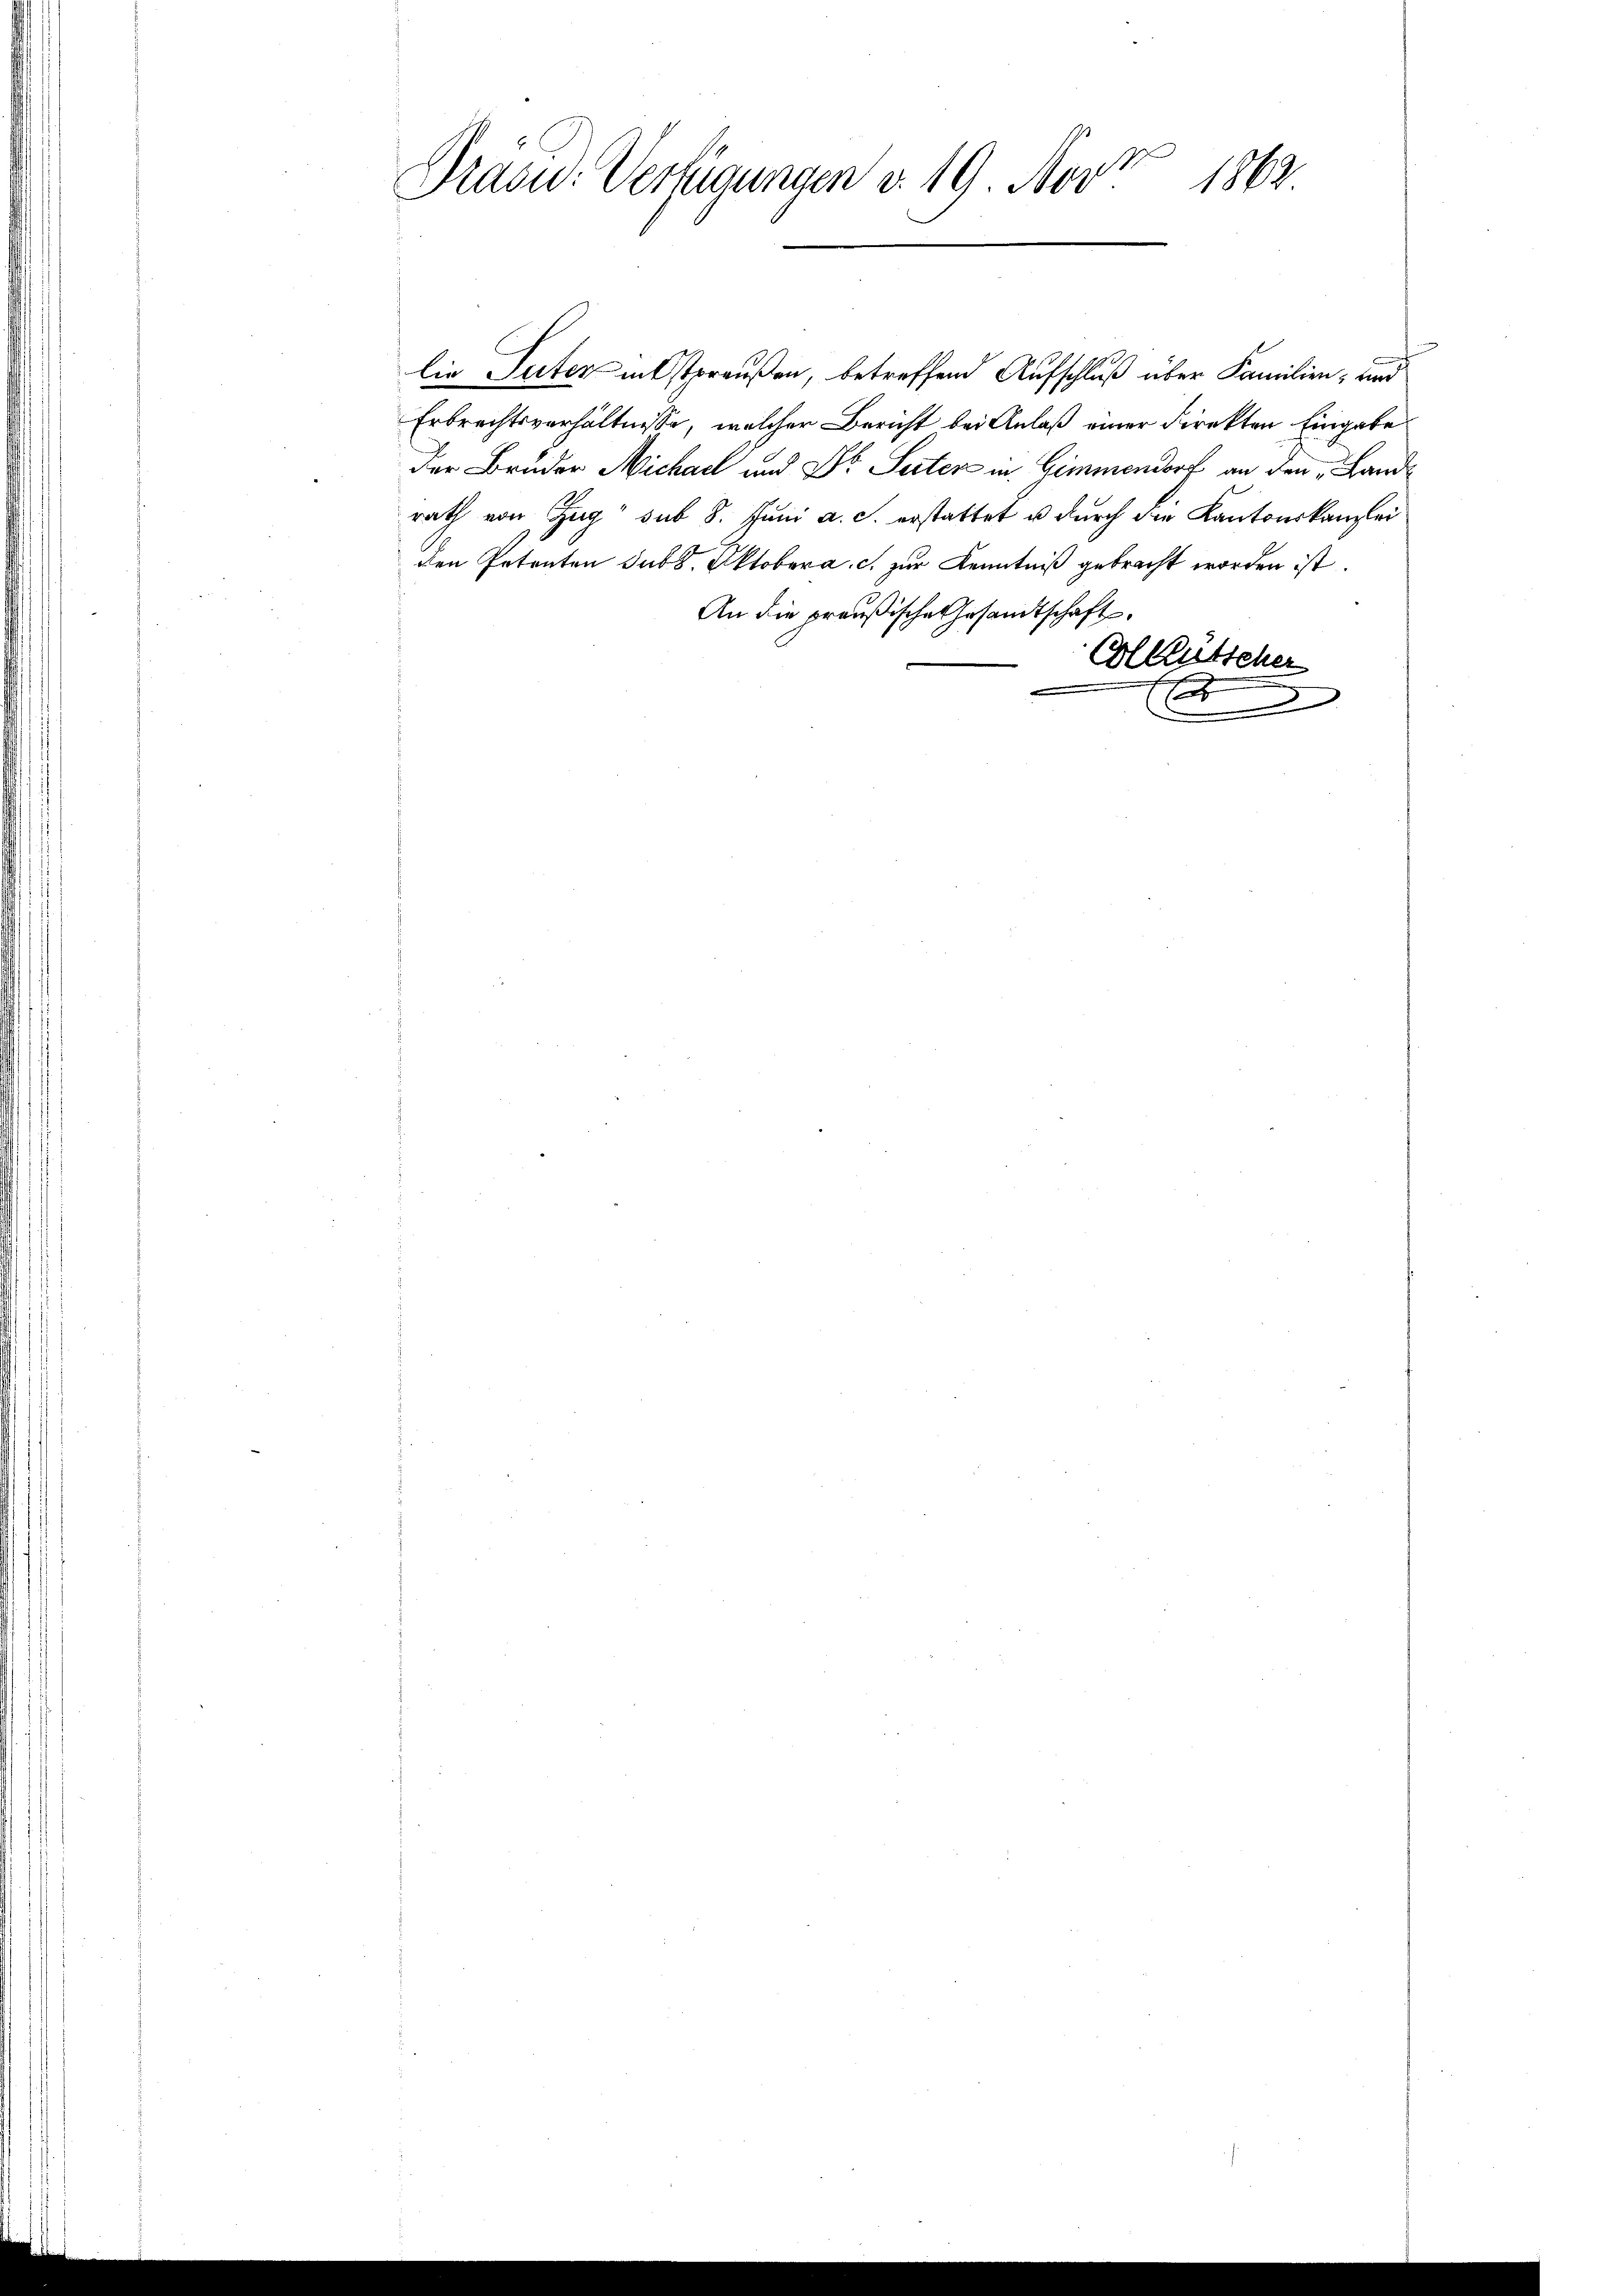
d
1862
Praou: Verfügungen v. 19. Nov.

lie Peter entstraußen, betreffend Aufschluß über Familien- und
Erbrechtsverhältnisse, welcher Bericht bei Anlaß einer Direkten Eingabe
Der Bruder Michael und Dr. Seiter in Gimmendorf an den „Landrath von Zug sub 8. Juni a. c. erstattet u durch die Kantonskanzlei
den Petenten sub 8. Oktober a. c. zur Kenntniß gebracht worden ist.
An die preußische Gesandtschaft
Gl Kutscher
f